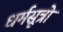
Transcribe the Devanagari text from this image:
धर्मसूत्रो